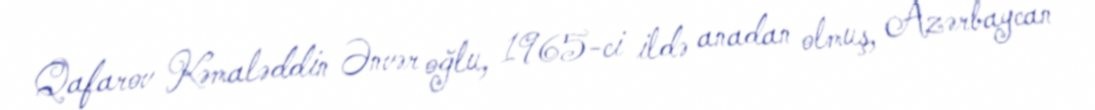
Qafarov Kəmaləddin Ənvər oğlu, 1965-ci ildə anadan olmuş, Azərbaycan